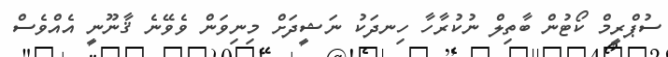
ސުޕްރީމް ކޯޓުން ބާތިލް ނުކުރާހާ ހިނދަކު ނަޝީދަށް މިނިވަން ވެވޭނެ ޤާނޫނީ އެއްވެސް